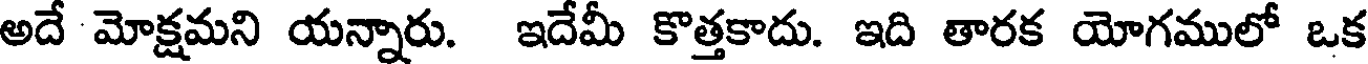
అదే మోక్షమని యన్నారు. ఇదేమీ కొత్తకాదు. ఇది తారక యోగములో ఒక